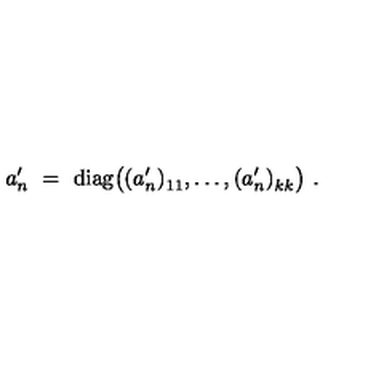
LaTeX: a _ { n } ^ { \prime } \ = \ \mathrm { d i a g } \big ( ( a _ { n } ^ { \prime } ) _ { 1 1 } ^ { } , \ldots , ( a _ { n } ^ { \prime } ) _ { k k } ^ { } \big ) \ .